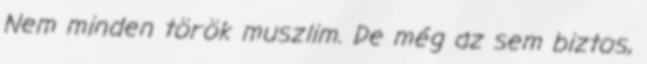
Nem minden török muszlim. De még az sem biztos,